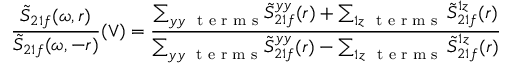
\frac { \tilde { S } _ { 2 1 f } ( \omega , r ) } { \tilde { S } _ { 2 1 f } ( \omega , - r ) } ( \vee ) = \frac { { { \sum _ { y y ~ \textrm { t e r m s } } } \tilde { S } _ { 2 1 f } ^ { y y } ( r ) + \sum _ { 1 z ~ \textrm { t e r m s } } \tilde { S } _ { 2 1 f } ^ { 1 z } ( r ) } } { { { \sum _ { y y ~ \textrm { t e r m s } } } \tilde { S } _ { 2 1 f } ^ { y y } ( r ) - \sum _ { 1 z ~ \textrm { t e r m s } } \tilde { S } _ { 2 1 f } ^ { 1 z } ( r ) } }